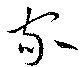
家